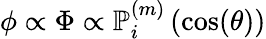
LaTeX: \phi\propto\Phi\propto\mathbb{P}_{i}^{(m)}\left(\cos(\theta)\right)